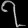
Digit: ၇